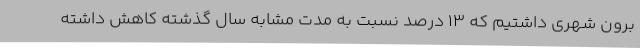
برون شهری داشتیم که 13 درصد نسبت به مدت مشابه سال گذشته کاهش داشته